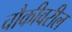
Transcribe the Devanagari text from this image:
चौकीवरील